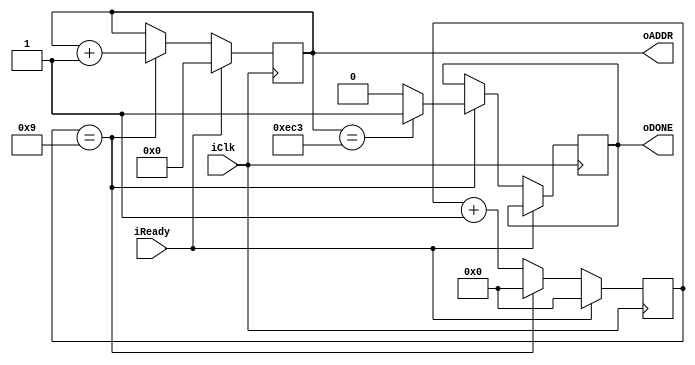
module ADDR_FOR_SVM(

input iClk,
input iReady,
output reg [11:0] oADDR,
output reg oDONE
);
	reg [3:0] count;
	always @ (posedge iClk)
	begin
		if(iReady) begin
			count <= 4'd0;
			oADDR <= 12'd0;			
		end
		else begin
			count <= count + 1'b1;
			if(count == 4'd9) begin 
				oADDR <= oADDR + 1'b1;
				count <= 4'd0;
				if(oADDR == 12'd3779) oDONE <= 1'b1;
				else oDONE <= 1'b0;
			end
		end
	end

endmodule